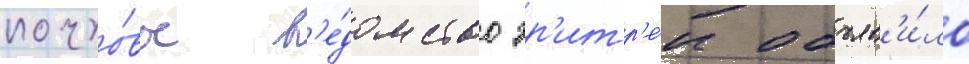
почто́вое в'е́домство эр'итр'е́и объяв'и́ло